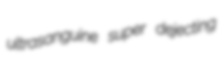
ultrasanguine super dejecting